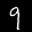
Label: 9